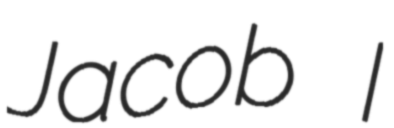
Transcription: Jacob I